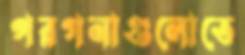
পরগনাগুলোতে